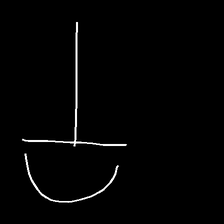
Glyph: dispersion